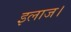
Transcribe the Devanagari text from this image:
इलाज।